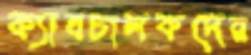
ক্যাবচালকদের